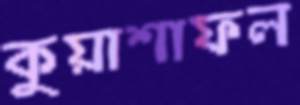
কুয়াশাফল